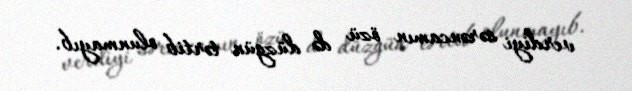
verdiyi sərəncamın özü də düzgün tərtib olunmayıb.